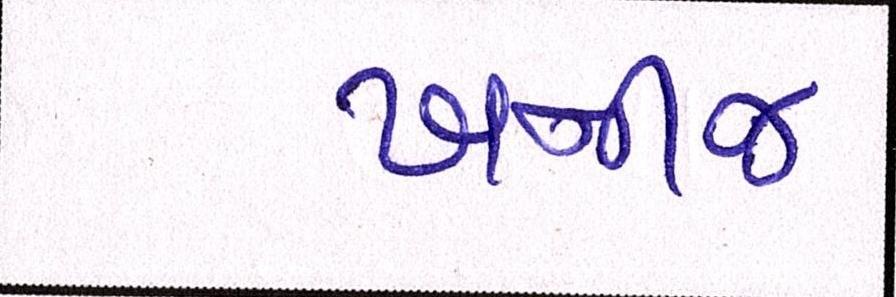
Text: ખનીજ